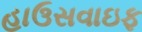
હાઉસવાઇફ